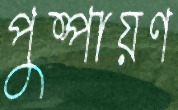
পুষ্পায়ণ